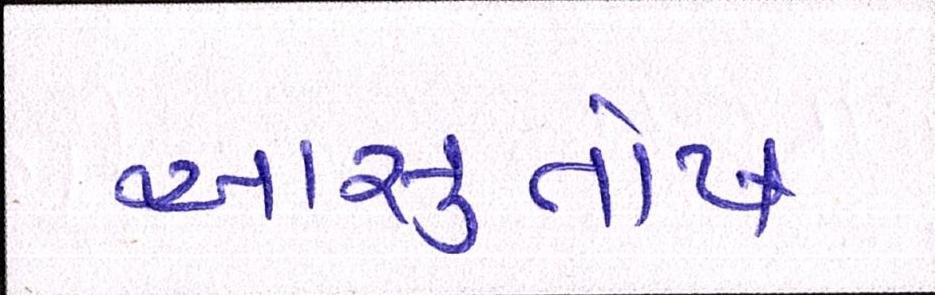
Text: આસુતોષ